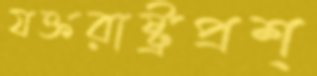
যক্তরাষ্ট্রপ্রশ্